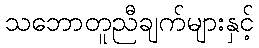
သဘောတူညီချက်များနှင့်